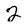
Character: 2